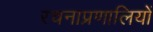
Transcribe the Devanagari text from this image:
रचनाप्रणालियों